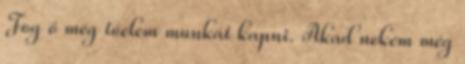
Fog ő még tőelem munkát kapni. Akad nekem még